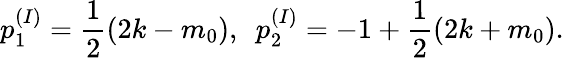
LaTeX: p_{1}^{(I)}=\frac{1}{2}(2k-m_{0}),~~p_{2}^{(I)}=-1+\frac{1}{2}(2k+m_{0}).